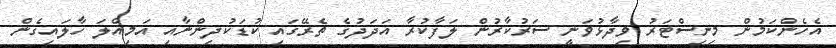
އެހެންކަމުން މިނިސްޓަރު ވިދާޅުވަނީ ސަރުކާރުން ލަފާކުރާ އަދަދުގެ ތެރޭގައި ކުޑަކުދިންނާއި އަމިއްލަ ހާލައިގެން